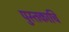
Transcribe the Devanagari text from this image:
पुस्तकाचि